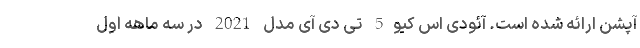
آپشن ارائه شده است. آئودی اس کیو5 تی دی آی مدل 2021 در سه ماهه اول